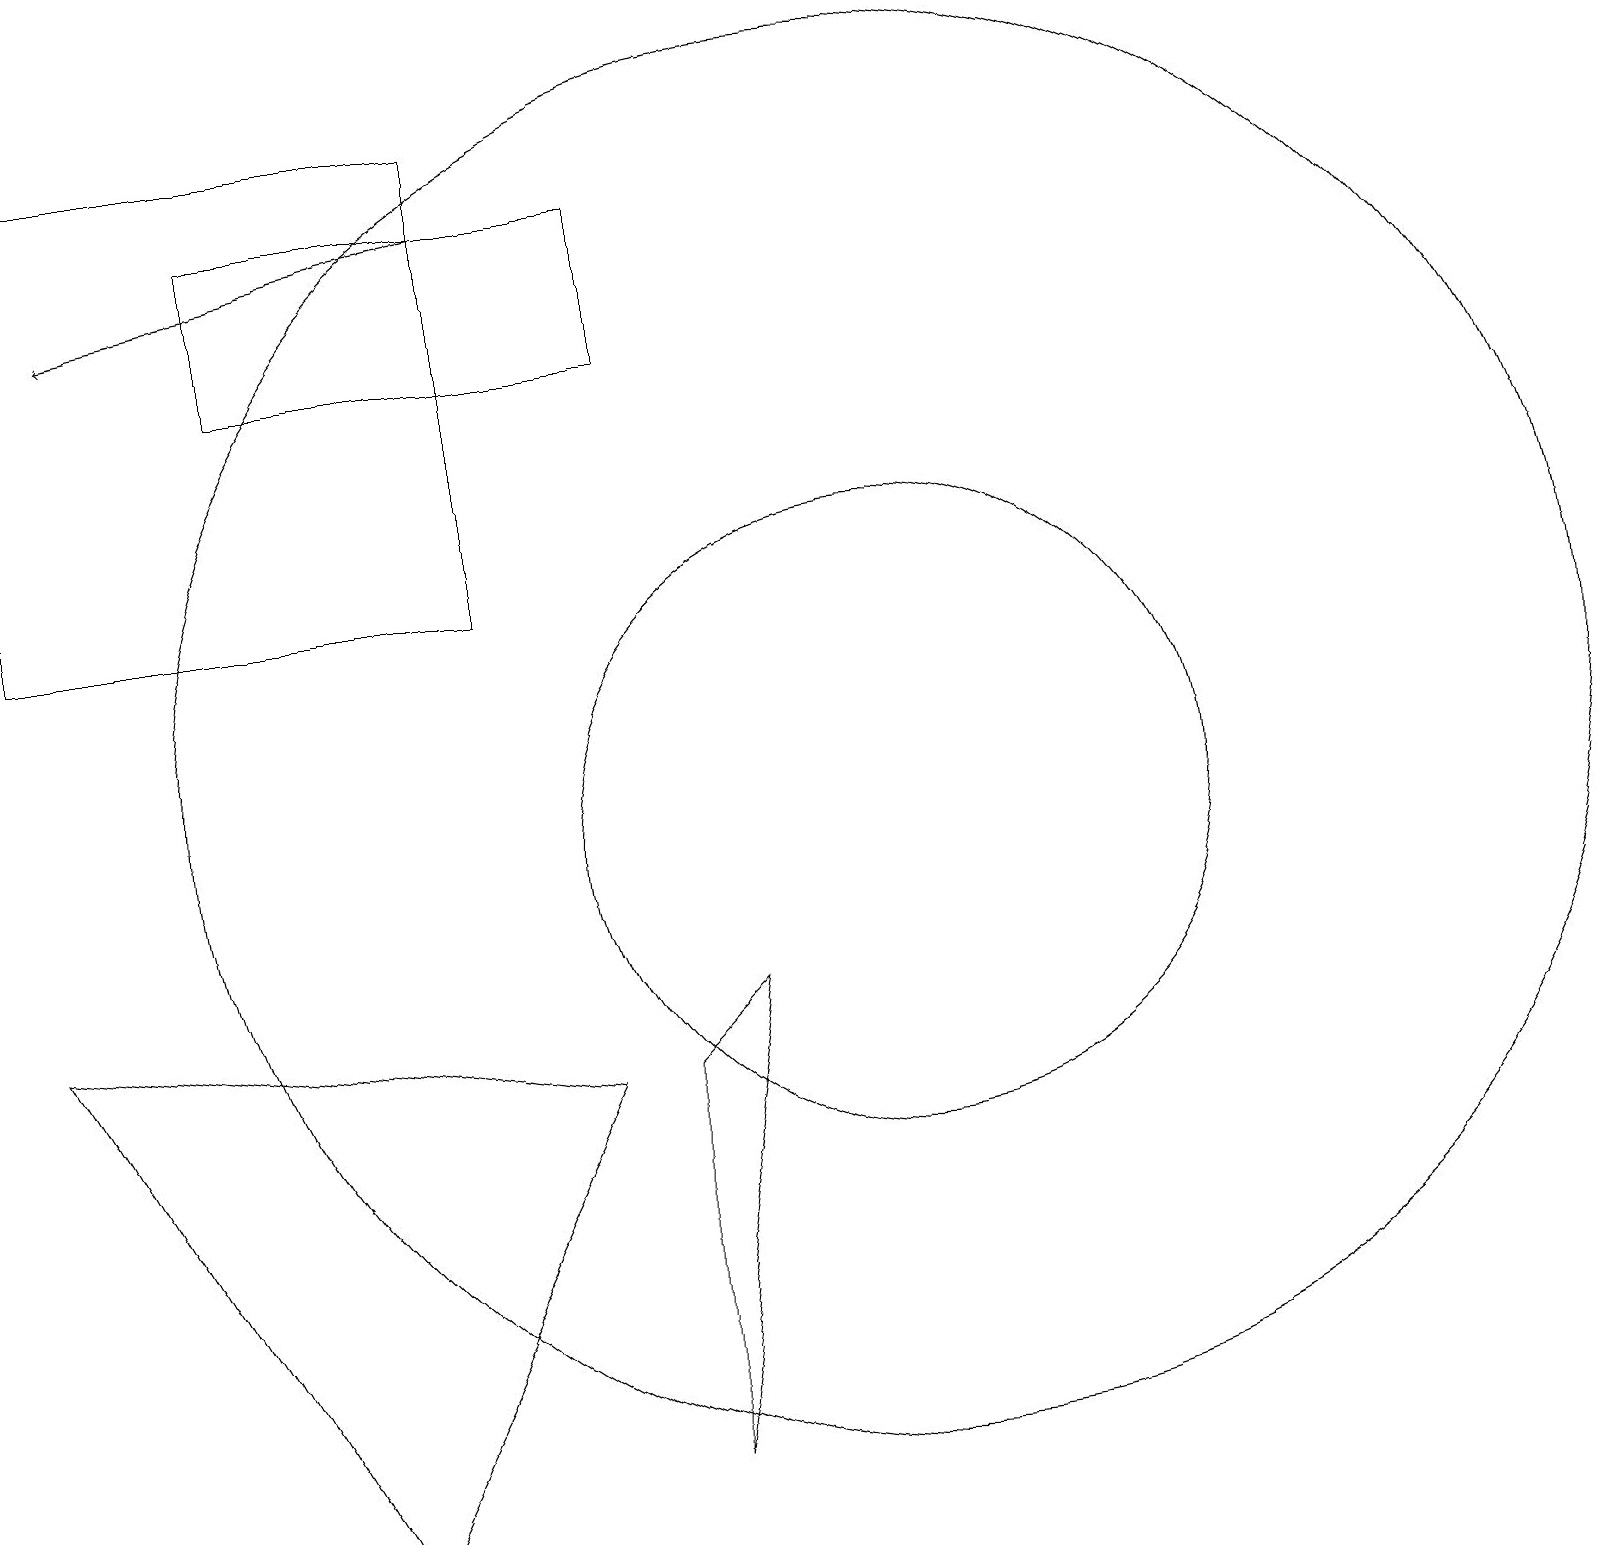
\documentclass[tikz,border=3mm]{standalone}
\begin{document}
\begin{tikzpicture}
\draw (11,11) circle (9);
\draw (11,10) circle (4);
\draw[->] (6,18) -- (1,17);
\draw (6,19) rectangle (0,13);
\draw (8,7) -- (9,8) -- (8,2) -- cycle;
\draw (4,1) -- (0,8) -- (7,7) -- cycle;
\draw (8,18) rectangle (3,16);
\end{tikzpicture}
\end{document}